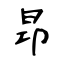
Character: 昻